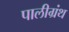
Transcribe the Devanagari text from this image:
पालीग्रंथ